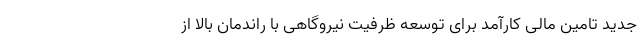
جدید تامین مالی کارآمد برای توسعه ظرفیت نیروگاهی با راندمان بالا از